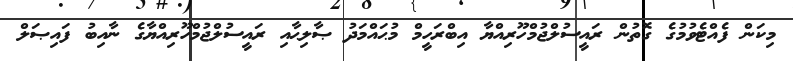
މިކަން ފެއްޓެވުމުގެ ގޮތުން ރައީސުލްޖުމްހޫރިއްޔާ އިބްރަހީމް މުޙައްމަދު ޞާލިޙާއި ރައީސުލްޖުމްހޫރިއްޔާގެ ނާއިބު ފައިޞަލް